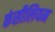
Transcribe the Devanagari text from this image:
कंसीलियम